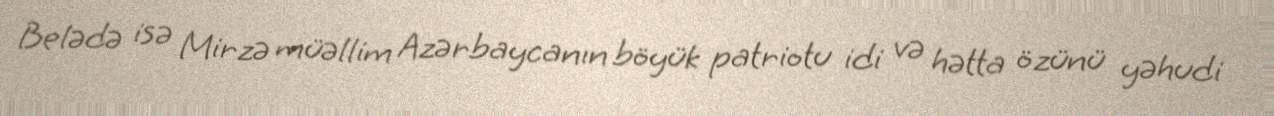
Belədə isə Mirzə müəllim Azərbaycanın böyük patriotu idi və hətta özünü yəhudi